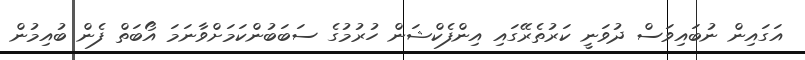
އަގައިން ނުބައިވަސް ދުވަނީ ކަރުތެރޭގައި އިންފެކްޝަން ހުރުމުގެ ސަބަބުންކަމަށްވާނަމަ އޯބަތް ފެން ބުއިމުން